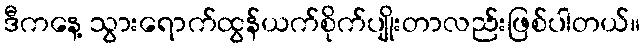
ဒီကနေ့ သွားရောက်ထွန်ယက်စိုက်ပျိုးတာလည်းဖြစ်ပါတယ်။